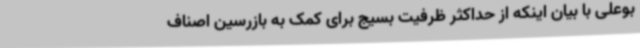
بوعلی با بیان اینکه از حداکثر ظرفیت بسیج برای کمک به بازرسین اصناف